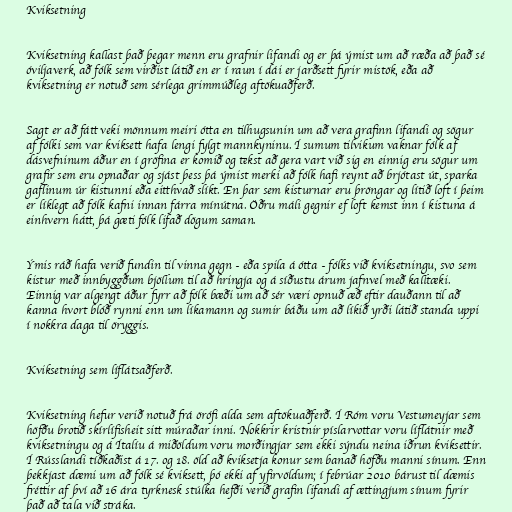
Kviksetning

Kviksetning kallast það þegar menn eru grafnir lifandi og er þá ýmist um að ræða að það sé
óviljaverk, að fólk sem virðist látið en er í raun í dái er jarðsett fyrir mistök, eða að
kviksetning er notuð sem sérlega grimmúðleg aftökuaðferð.

Sagt er að fátt veki mönnum meiri ótta en tilhugsunin um að vera grafinn lifandi og sögur
af fólki sem var kviksett hafa lengi fylgt mannkyninu. Í sumum tilvikum vaknar fólk af
dásvefninum áður en í gröfina er komið og tekst að gera vart við sig en einnig eru sögur um
grafir sem eru opnaðar og sjást þess þá ýmist merki að fólk hafi reynt að brjótast út, sparka
gaflinum úr kistunni eða eitthvað slíkt. En þar sem kisturnar eru þröngar og lítið loft í þeim
er líklegt að fólk kafni innan fárra mínútna. Öðru máli gegnir ef loft kemst inn í kistuna á
einhvern hátt, þá gæti fólk lifað dögum saman.

Ýmis ráð hafa verið fundin til vinna gegn - eða spila á ótta - fólks við kviksetningu, svo sem
kistur með innbyggðum bjöllum til að hringja og á síðustu árum jafnvel með kalltæki.
Einnig var algengt áður fyrr að fólk bæði um að sér væri opnuð æð eftir dauðann til að
kanna hvort blóð rynni enn um líkamann og sumir báðu um að líkið yrði látið standa uppi
í nokkra daga til öryggis.

Kviksetning sem líflátsaðferð.

Kviksetning hefur verið notuð frá örófi alda sem aftökuaðferð. Í Róm voru Vestumeyjar sem
höfðu brotið skírlífisheit sitt múraðar inni. Nokkrir kristnir píslarvottar voru líflátnir með
kviksetningu og á Ítalíu á miðöldum voru morðingjar sem ekki sýndu neina iðrun kviksettir.
Í Rússlandi tíðkaðist á 17. og 18. öld að kviksetja konur sem banað höfðu manni sínum. Enn
þekkjast dæmi um að fólk sé kviksett, þó ekki af yfirvöldum; í febrúar 2010 bárust til dæmis
fréttir af því að 16 ára tyrknesk stúlka hefði verið grafin lifandi af ættingjum sínum fyrir
það að tala við stráka.